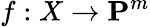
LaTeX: f:X\to\mathbf{P}^{m}